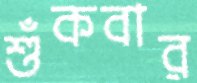
শুঁকবার